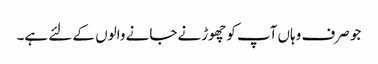
جو صرف وہاں آپ کو چھوڑنے جانے والوں کے لئے ہے۔